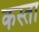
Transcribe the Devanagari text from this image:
कस्ता